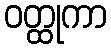
ဝတ္ထုကာ